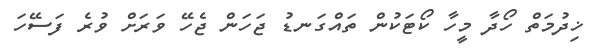
ޚިދުމަތް ހޯދާ މީހާ ކޯޓަކުން ތައްގަނޑު ޖަހަން ޖެހޭ ވަރަށް ވުރެ ފަސޭހަ